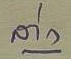
ล่าง